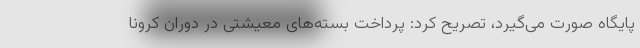
پایگاه صورت می‌گیرد، تصریح کرد: پرداخت بسته‌های معیشتی در دوران کرونا